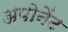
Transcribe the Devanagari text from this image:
अपोनेंट